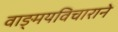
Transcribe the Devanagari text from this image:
वाङ्मयविचाराने